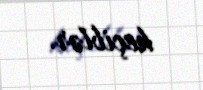
keçiblər.